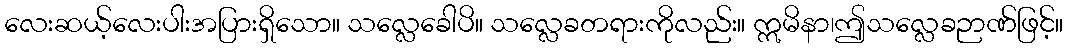
လေးဆယ့်လေးပါးအပြားရှိသော။ သလ္လေခေါပိ။ သလ္လေခတရားကိုလည်း။ ဣမိနာ၊ဤသလ္လေခဉာဏ်ဖြင့်။